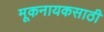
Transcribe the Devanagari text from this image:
मूकनायकसाठी